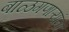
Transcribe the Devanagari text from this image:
बाळगणाऱ्यांना